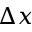
\Delta x